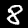
Digit: 8